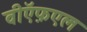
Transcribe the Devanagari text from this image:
वीऍफ़एल